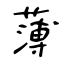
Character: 薄